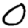
Digit: 0